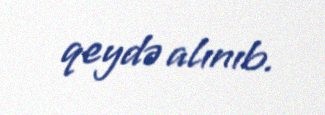
qeydə alınıb.